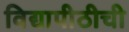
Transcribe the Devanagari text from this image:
विद्यापीठीची